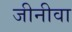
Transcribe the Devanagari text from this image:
जीनीवा